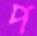
প